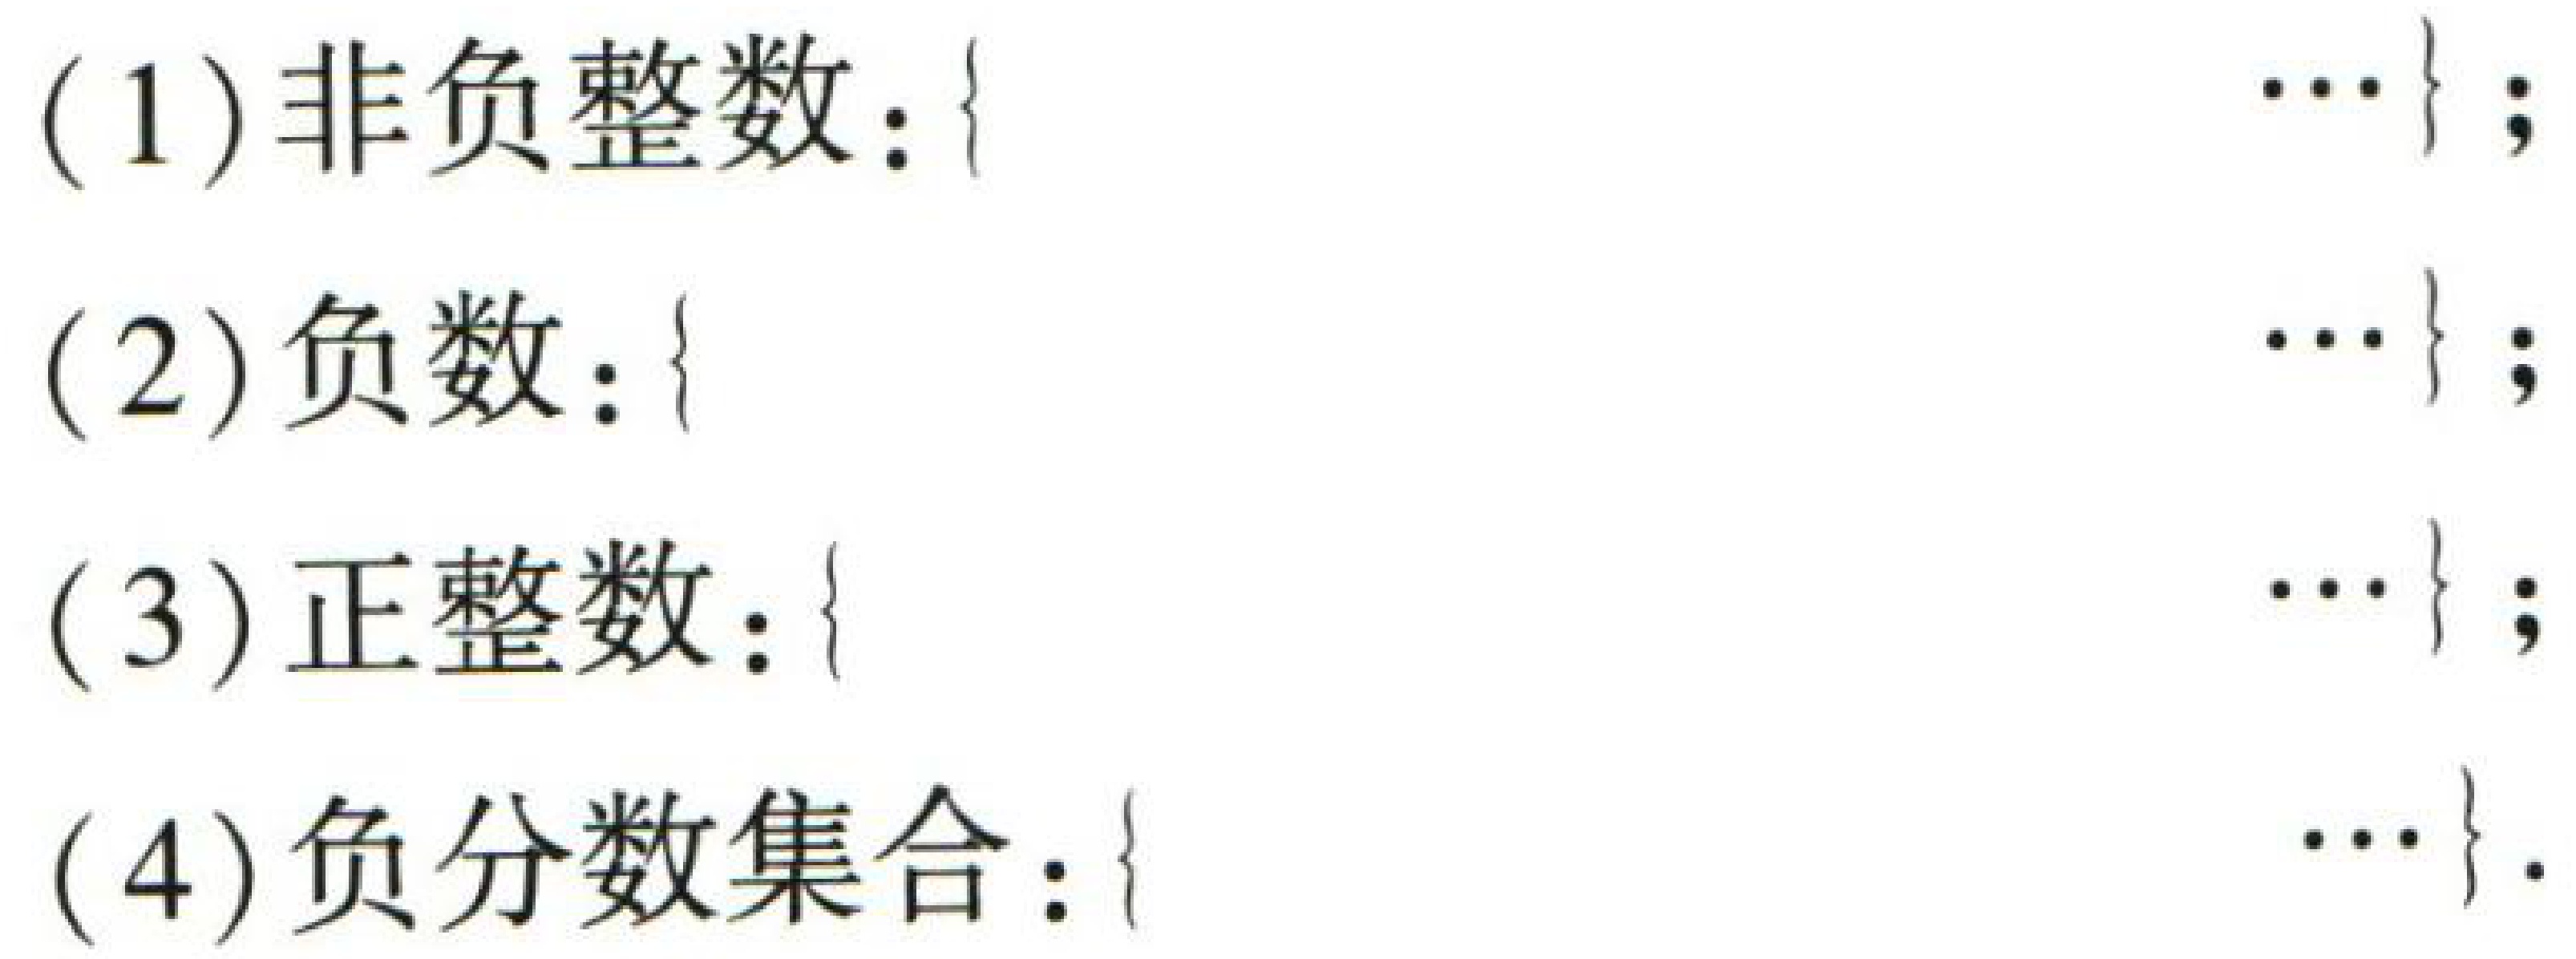
(1) 非负整数：\(\{\quad\cdots\quad\}\);

(2) 负数：\(\{\quad\cdots\quad\}\);

(3) 正整数：\(\{\quad\cdots\quad\}\);

(4) 负分数集合：\(\{\quad\cdots\quad\}\).